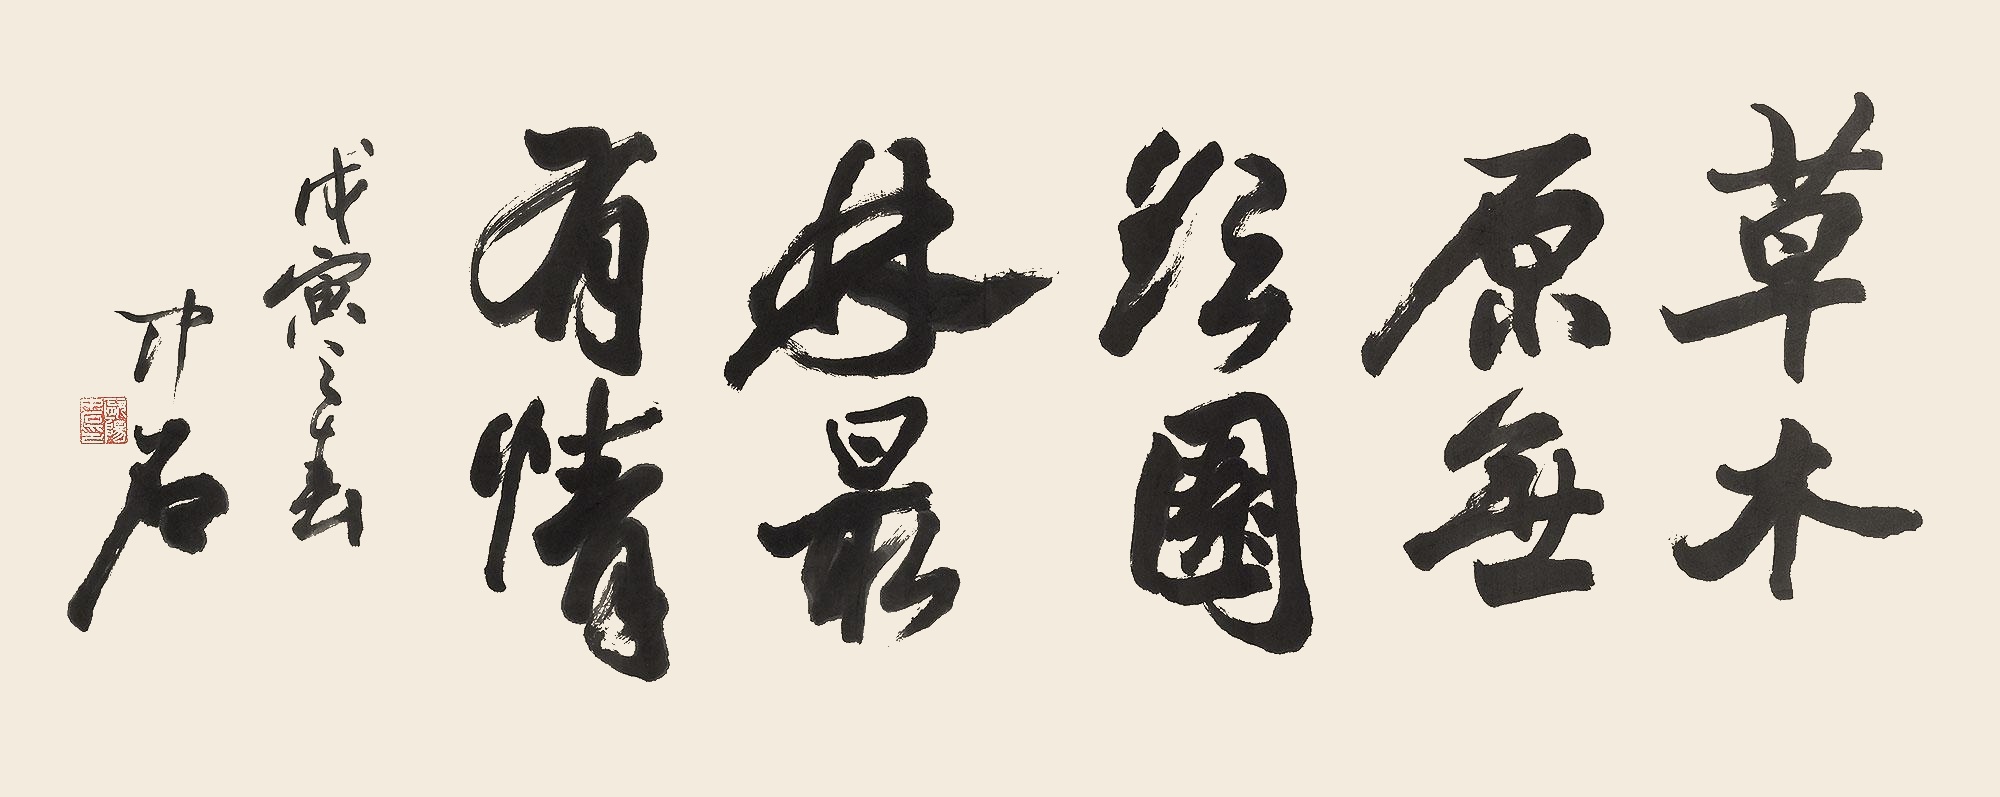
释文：草木原无欲，园林最有情。戊寅之春，中石。